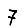
Digit: 7